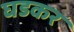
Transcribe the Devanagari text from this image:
घडकर